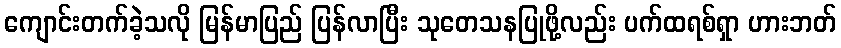
ကျောင်းတက်ခဲ့သလို မြန်မာပြည် ပြန်လာပြီး သုတေသနပြုဖို့လည်း ပက်ထရစ်ရှာ ဟားဘတ်